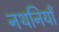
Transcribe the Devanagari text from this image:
नथनियाँ